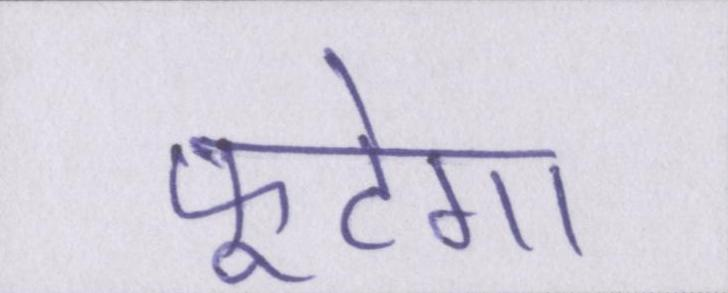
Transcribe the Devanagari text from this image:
फूटेगा